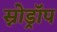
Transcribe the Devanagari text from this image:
स्नोड्रॉप